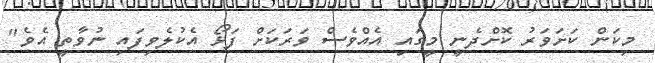
މިކަން ކަށަވަރު ކޮށްދެނީ މީގައި އެއްވެސް ވަރަކަށް ފަޅޯ އެކުލެވިފައި ނުވާތީ އެވެ"